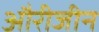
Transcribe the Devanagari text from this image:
औरीजीन